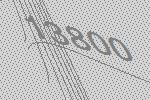
13800